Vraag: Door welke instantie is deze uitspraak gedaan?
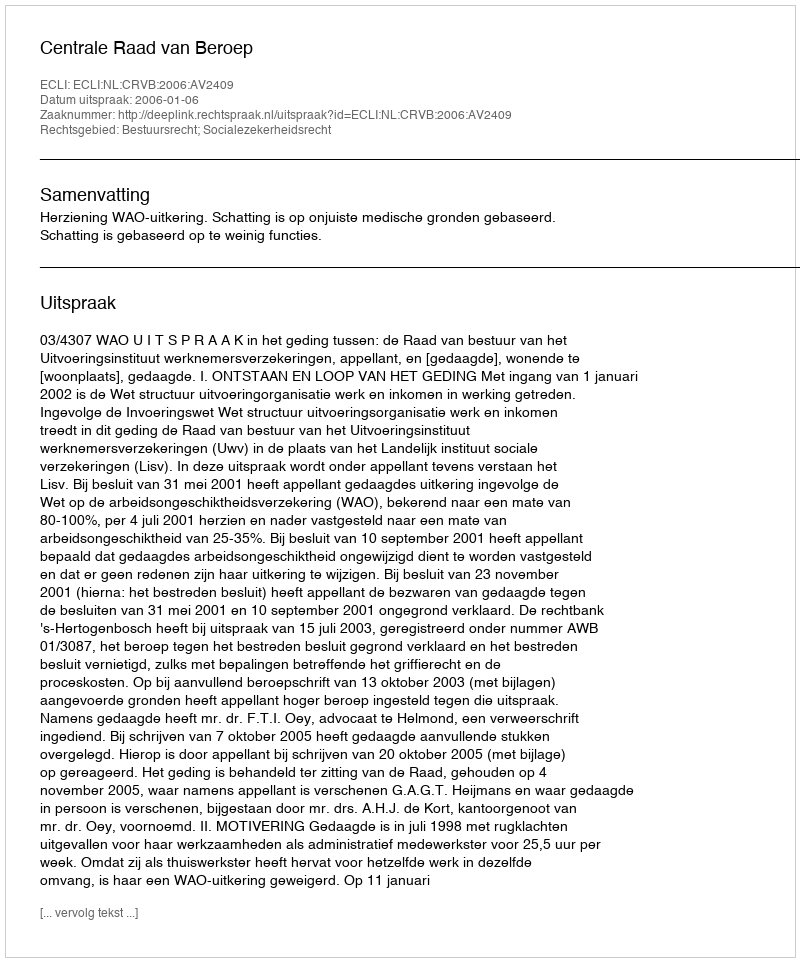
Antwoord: Centrale Raad van Beroep